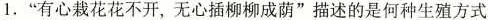
1.”有心栽花花不开，无心插柳柳成荫”描述的是何种生殖方式